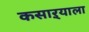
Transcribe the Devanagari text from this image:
कसाऱ्याला